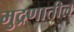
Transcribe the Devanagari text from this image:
मुद्रणातील